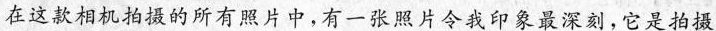
在这款相机拍摄的所有照片中,有一张照片令我印象最深刻，它是拍摄